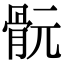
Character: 䯈